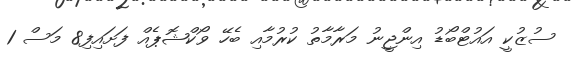
ސުޒުކީ އައުޓްބޯޑު އިންޖީނު މަރާމާތު ކުރުމާއި ބެހޭ ވޯކްޝޮޕެއް ފަށައިފި8 މަސް 1